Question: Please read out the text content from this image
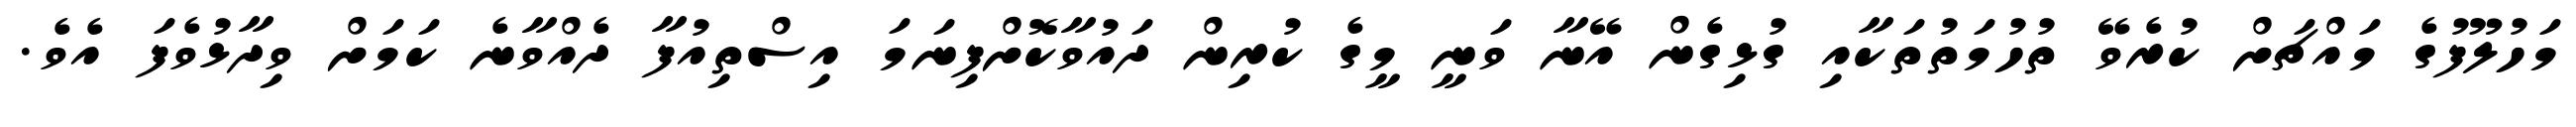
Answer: މަހުލޫފުގެ މައްޗަށް ކުރެވޭ ތުހުމަތުތަކާއި ގުޅިގެން އޭނާ ވަނީ މީގެ ކުރިން ދައުވާކޮށްފިނަމަ އިސްތިއުފާ ދެއްވާނެ ކަމަށް ވިދާޅުވެފަ އެވެ.